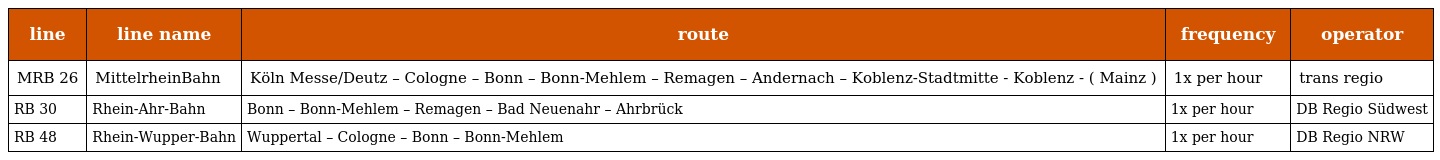
| line | line name | route | frequency | operator |
 | --- | --- | --- | --- | --- |
 | MRB 26 | MittelrheinBahn | Köln Messe/Deutz – Cologne – Bonn – Bonn-Mehlem – Remagen – Andernach – Koblenz-Stadtmitte - Koblenz - ( Mainz ) | 1x per hour | trans regio |
 | RB 30 | Rhein-Ahr-Bahn | Bonn – Bonn-Mehlem – Remagen – Bad Neuenahr – Ahrbrück | 1x per hour | DB Regio Südwest |
 | RB 48 | Rhein-Wupper-Bahn | Wuppertal – Cologne – Bonn – Bonn-Mehlem | 1x per hour | DB Regio NRW |